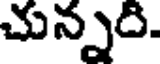
చున్నది.